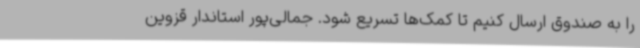
را به صندوق ارسال کنیم تا کمک‌ها تسریع شود. جمالی‌پور استاندار قزوین